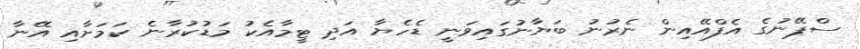
ސްޕޭނުގެ އެފްއޭއިން ނެރުނު ބަޔާނުގައިވަނީ ޑެހެޔާ އަދި ޓީމާއެކު މަޑުކުރާނެ ކަމަށާއި އޭނާ